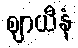
ဈာယီနံ